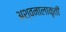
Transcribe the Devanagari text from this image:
अश्वनालाकृती